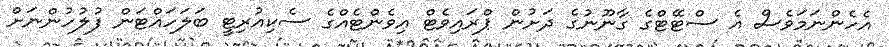
އެހެންނަމަވެސް އެ ސްޓޭޓްގެ ގާނޫނުގެ ދަށުން ޕްރައިވެޓް އިވެންޓެއްގެ ސެކިއުރިޓީ ބަލަހައްޓަން ފުލުހުންނަށް